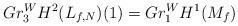
LaTeX: \begin{align*}Gr^W_3H^2(L_{f,N})(1)=Gr_1^WH^1(M_f)\end{align*}